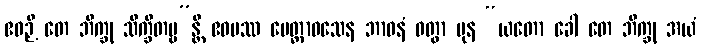
ဧဝဉှိ တေ ဘိက္ခု သိက္ခိတဗ္ဗ”န္တိ ဧဝမဿ မေတ္တာဝသေန ဘာဝနံ ဝတွာ ပုန “ယတော ခေါ တေ ဘိက္ခု အယံ